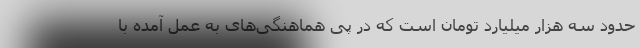
حدود سه هزار میلیارد تومان است که در پی هماهنگی‌های به عمل آمده با